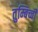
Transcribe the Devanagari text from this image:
तुम्बिच्ची